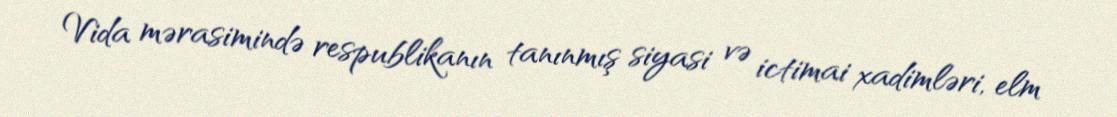
Vida mərasimində respublikanın tanınmış siyasi və ictimai xadimləri, elm